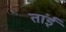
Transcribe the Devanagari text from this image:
तांईं